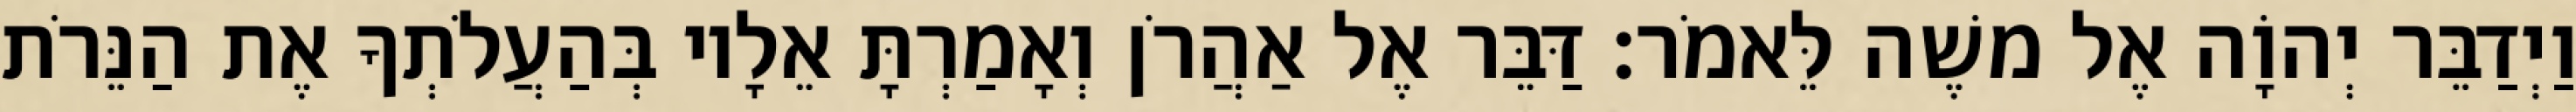
וַיְדַבֵּר יְהוָֹה אֶל משֶׁה לֵּאמֹר׃ דַּבֵּר אֶל אַהֲרֹן וְאָמַרְתָּ אֵלָיו בְּהַעֲלֹתְךָ אֶת הַנֵּרֹת